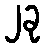
၂ခု